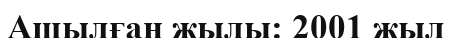
Ашылған жылы: 2001 жыл